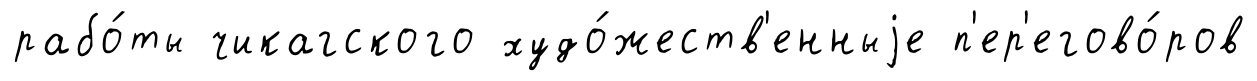
рабо́ты чикагского худо́жеств'енныjе п'ер'егово́ров